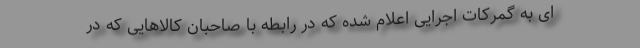
ای به گمرکات اجرایی اعلام شده که در رابطه با صاحبان کالاهایی که در